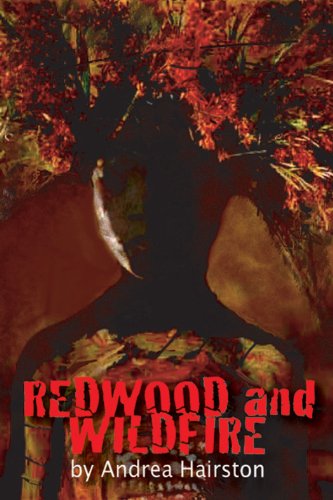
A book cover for Redwood and Wildfire; Andrea Hairston; Literature & Fiction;